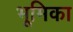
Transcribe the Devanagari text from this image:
भूूमिका